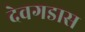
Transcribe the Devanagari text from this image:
देवगडास